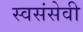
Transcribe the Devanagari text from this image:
स्वसंसेवी